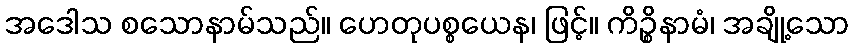
အဒေါသ စသောနာမ်သည်။ ဟေတုပစ္စယေန၊ ဖြင့်။ ကိဉ္စိနာမံ၊ အချို့သော